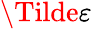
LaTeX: \Tilde{\varepsilon}